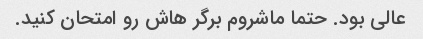
عالی بود. حتما ماشروم برگر هاش رو امتحان کنید.